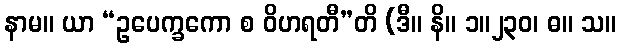
နာမ။ ယာ “ဥပေက္ခကော စ ဝိဟရတီ”တိ (ဒီ။ နိ။ ၁။၂၃၀၊ ဓ။ သ။